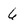
Character: 6